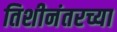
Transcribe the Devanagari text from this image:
तिशीनंतरच्या